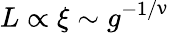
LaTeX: L\propto\xi\sim g^{-1/\upnu}